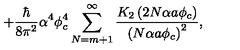
+ \frac { \hbar } { 8 \pi ^ { 2 } } \alpha ^ { 4 } \phi _ { c } ^ { 4 } \sum _ { N = m + 1 } ^ { \infty } \frac { K _ { 2 } \left( 2 N \alpha a \phi _ { c } \right) } { \left( N \alpha a \phi _ { c } \right) ^ { 2 } } ,